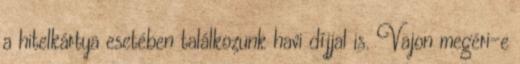
a hitelkártya esetében találkozunk havi díjjal is. Vajon megéri-e